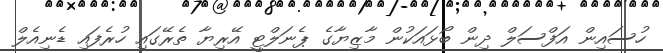
ހުސައިން އަފްސަލް ދިން ބޯޅައަކުން މާޒިޔާގެ ޕެނަލްޓީ އޭރިޔާ ތެރޭގައި ހުރެފައި ޑެނިއެލް